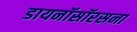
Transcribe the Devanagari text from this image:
डायनॉसॉरसना